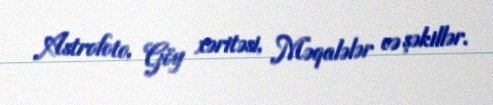
Astrofoto, Göy xəritəsi, Məqalələr və şəkillər.